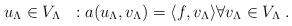
LaTeX: \begin{align*}u_\Lambda \in V_\Lambda \ \ : a(u_\Lambda,v_\Lambda)= \langle f,v_\Lambda \rangle \forall v_\Lambda \in V_\Lambda \;.\end{align*}